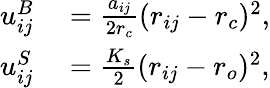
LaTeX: \begin{array}{rl}{u_{ij}^{B}}&{{}=\frac{a_{ij}}{2r_{c}}(r_{ij}-r_{c})^{2},}\\ {u_{ij}^{S}}&{{}=\frac{K_{s}}{2}(r_{ij}-r_{o})^{2},}\end{array}